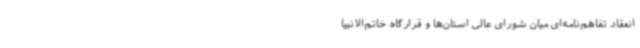
انعقاد تفاهم‌نامه‌ای میان شورای عالی استان‌ها و قرارگاه خاتم‌الانبیا